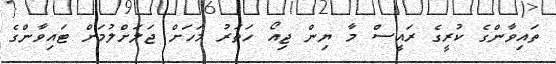
ތައިވާންގެ ކުރީގެ ރައީސް މާ ޔިން ޖިއޯ ހަތަރު މަހަށް ޖަލަށްލުމަށް ޓައިވާންގެ